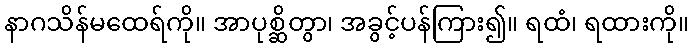
နာဂသိန်မထေရ်ကို။ အာပုစ္ဆိတွာ၊ အခွင့်ပန်ကြား၍။ ရထံ၊ ရထားကို။